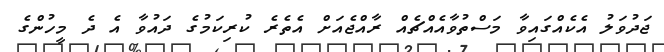
ޖަދުވަލު އެކެއްގައިވާ މަސްތުވާއެއްޗެއް ރާއްޖެއަށް އެތެރެ ކުރިކަމުގެ ދައުވާ އެ ދެ މީހުންގެ